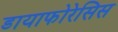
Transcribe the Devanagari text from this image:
डायाफोरेसिस